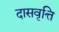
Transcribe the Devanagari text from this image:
दासवृत्ति